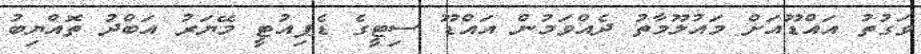
ވަގުތު އައްޑޫއަށް މައުލޫމާތު ދެއްވަމުން އައްޑޫ ސިޓީގެ ޑެޕިއުޓީ މޭޔަރު އަބްދު ތޮއްޔިބު